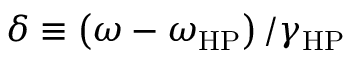
\delta \equiv \left( \omega - \omega _ { \mathrm { H P } } \right) / \gamma _ { \mathrm { H P } }